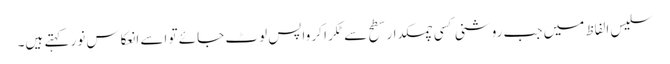
سلیس الفاظ میں جب روشنی کسی چمکدار سطح سے ٹکرا کر واپس لوٹ جائے تو اسے انعکاسِ نور کہتے ہیں۔